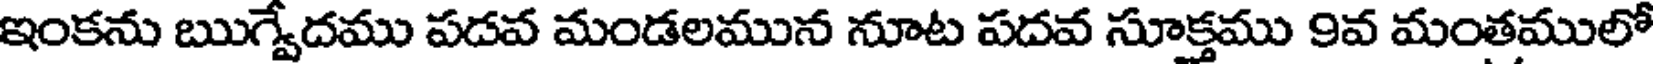
ఇంకను ఋగ్వేదము పడవ మండలమున నూట పదవ సూక్తము 9వ మంతములో